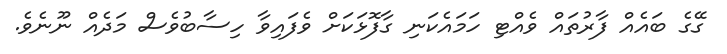
ގޭގެ ބައެއް ފާރުތައް ވެއްޓި ހަމައެކަނި ގާފޮޅަކަށް ވެފައިވާ ހިސާބުވެސް މަދެއް ނޫނެވެ.